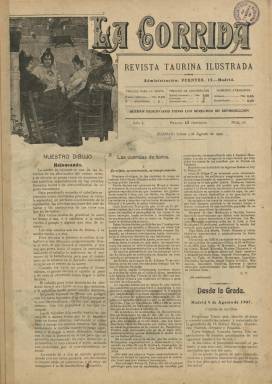
Título: La Corrida (Madrid)
Colección: Toros
Ámbito geográfico: Madrid
Lugar de publicación: Madrid
Fechas: 05/08/1907-19/10/1908

Esta “revista taurina ilustrada” –como indica su subtítulo– empezó a publicarse el 22 de abril de 1907, coincidiendo con el inicio de la temporada taurina de aquel año. La colección de este título en la Biblioteca Nacional de España (BNE) comienza con su número 16, de quince de agosto de ese año 1907. Su periodicidad será semanal y cada entrega consta de dos páginas de tipografía y una hoja con una litografía en cuatricromía con unos bellos retratos de toreros y otros dibujos de temática taurina (lances, suertes, etc.) y alegóricos a este arte, firmados por el dibujante Giménez.

El 28 de octubre de ese año 1907 publica su entrega número 28 y última de la temporada de ese año y primer año de su edición, anunciando su suspensión y sin perjuicio de que pudiera ofrecer algún número extraordinario hasta su reaparición en la próxima temporada. Reaparece en la siguiente temporada taurina con la secuencia de segundo año de edición, reiniciando su serie con el número 1, el 30 de marzo de 1908. Aparecerán hasta treinta nuevos números, correspondiendo el último al 19 de octubre de ese año 1908, cuando otra vez anuncia su suspensión y la posibilidad de publicar algún número extraordinario mensual.

La primera sección de cada entrega será precisamente la que explique la ilustración de cada una de las litografías con que va acompañada bajo el epígrafe Nuestro dibujo (entre estas, biografías de los toreros retratados), y a este texto les seguirán las crónicas de las corridas de toros celebradas tanto en Madrid como en provincias y en otras plazas de América. También ofrece noticias varias y programaciones taurinas, así como la sección Guía taurina (de matadores, novilleros, ganaderos, sastres de toreros o encerradores de toros). Así mismo publicará una serie de artículos sobre la historia de la tauromaquia y otra sobre las ganaderías bravas de España, y El Bachiller González de Rivera será autor de una serie titulada La revolución en el toreo.

En la segunda temporada se le encargó la redacción de la revista al escritor andaluz José León Díaz, pero a partir de la entrega de cuatro de mayo de 1908 aparecerá indicado en su cabecera como director el escritor, periodista y bibliófilo taurino Bruno del Amo (1875-1957), conocido con el seudónimo Recortes, y como propietario y administrador, Samuel Romillo, en cuya imprenta y litografía era estampada la publicación.

Contó con corresponsales y, como es habitual entre los revisteros taurinos, éstos usarán sus seudónimos para firmar los textos. Entre estos aparecen los de Canta-Claro, Carambita, Un Mañico, Hache, Paco Pica-Poco, Alba o Servidor. Su cabecera va acompañada de un grabado y en la primera página aparece también algún fotograbado, y se distribuyó también en París y en países hispanoamericanos.